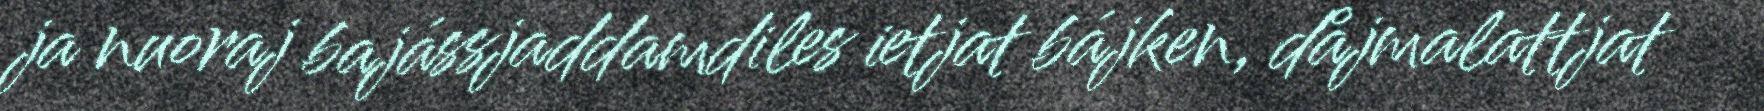
ja nuoraj bajássjaddamdiles ietjat bájken, dåjmalattjat